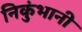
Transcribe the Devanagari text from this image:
निकुंभानी